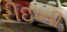
રીછની